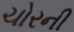
ચોરની